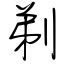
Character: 剃